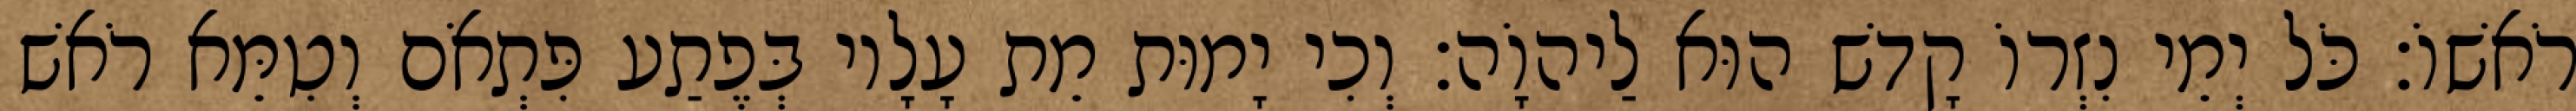
רֹאשׁוֹ׃ כֹּל יְמֵי נִזְרוֹ קָדשׁ הוּא לַיהוָֹה׃ וְכִי יָמוּת מֵת עָלָיו בְּפֶתַע פִּתְאֹם וְטִמֵּא רֹאשׁ